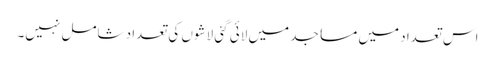
اس تعداد میں مساجد میں لائی گئی لاشوں کی تعداد شامل نہیں۔